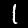
Label: 1